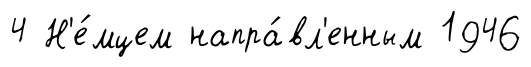
4 Н'е́мцем напра́вл'енным 1946